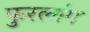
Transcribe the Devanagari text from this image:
फुरलांग